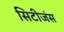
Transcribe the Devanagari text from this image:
सिटीजंस